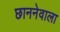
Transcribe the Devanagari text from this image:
छाननेवाला